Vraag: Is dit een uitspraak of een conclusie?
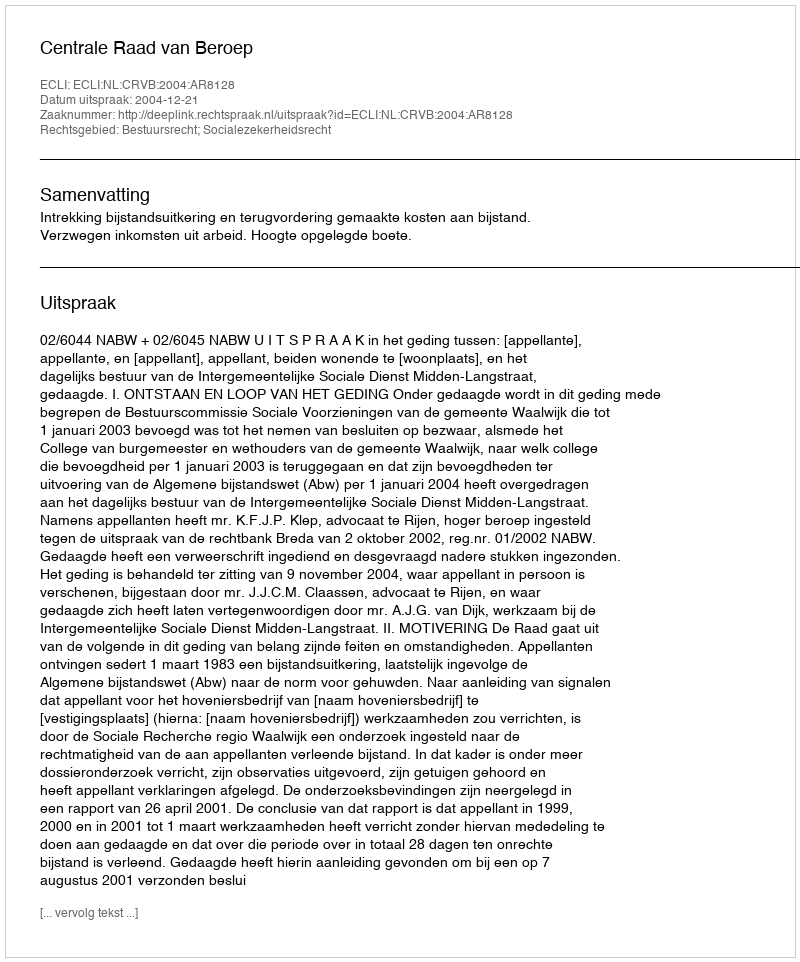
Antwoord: Uitspraak